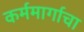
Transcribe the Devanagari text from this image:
कर्ममार्गाचा